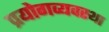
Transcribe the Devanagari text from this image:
प्रयोगव्यवस्था